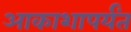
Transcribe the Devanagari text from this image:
आकाशापर्यंत